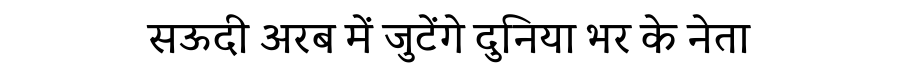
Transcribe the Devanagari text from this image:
सऊदी अरब में जुटेंगे दुनिया भर के नेता